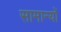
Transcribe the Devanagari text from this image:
सामान्यों